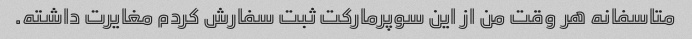
متاسفانه هر وقت من از این سوپرمارکت ثبت سفارش کردم مغایرت داشته.